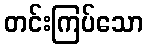
တင်းကြပ်သော